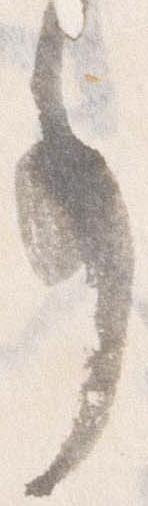
事